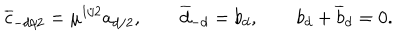
{ \overline { { c } } } _ { - d / 2 } = \mu ^ { 1 / 2 } a _ { d / 2 } , \qquad { \overline { { d } } } _ { - d } = b _ { d } , \qquad b _ { d } + { \overline { { b } } _ { d } } = 0 .